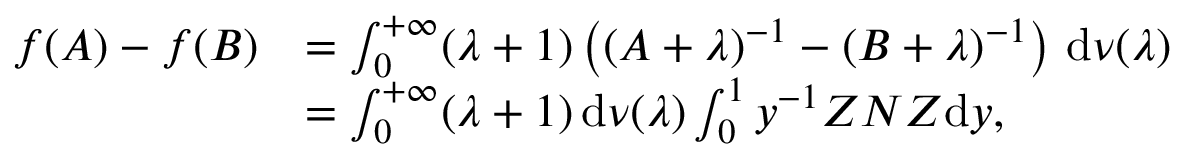
\begin{array} { r l } { f ( A ) - f ( B ) } & { = \int _ { 0 } ^ { + \infty } ( \lambda + 1 ) \left( ( A + \lambda ) ^ { - 1 } - ( B + \lambda ) ^ { - 1 } \right) \, \mathrm { d } \nu ( \lambda ) } \\ & { = \int _ { 0 } ^ { + \infty } ( \lambda + 1 ) \, \mathrm { d } \nu ( \lambda ) \int _ { 0 } ^ { 1 } y ^ { - 1 } Z N Z \mathrm { d } y , } \end{array}